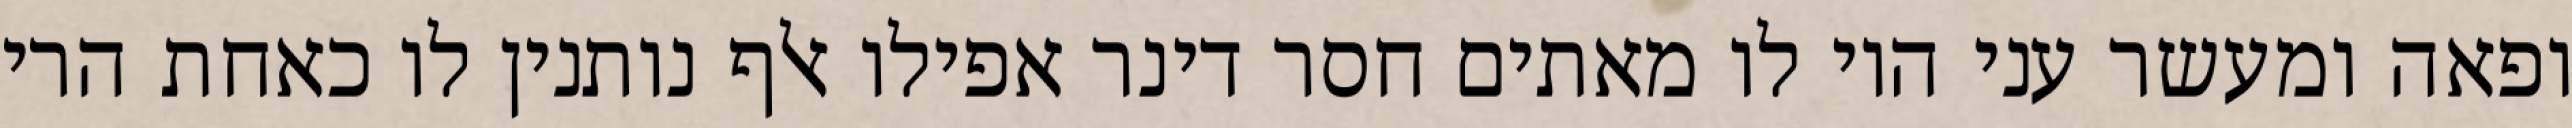
ופאה ומעשר עני היו לו מאתים חסר דינר אפילו אלף נותנין לו כאחת הרי